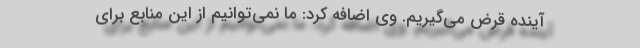
آینده قرض می‌گیریم. وی اضافه کرد: ما نمی‌توانیم از این منابع برای